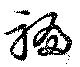
褊